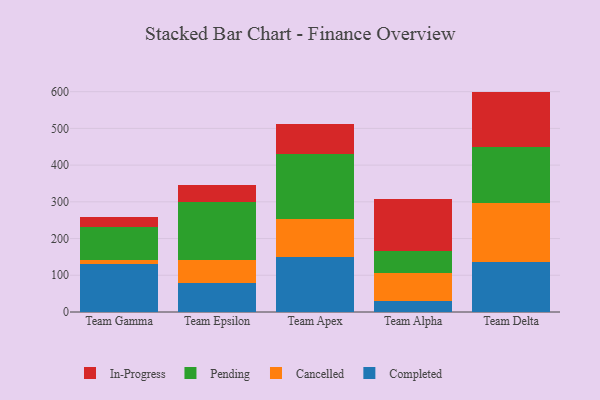
{"axis": {"x": "Team", "y": "Backlog"}, "legend": ["Cancelled", "Completed", "In-Progress", "Pending"], "data": [{"x": "Team Gamma", "y": 129.6, "type": "Completed"}, {"x": "Team Gamma", "y": 11.6, "type": "Cancelled"}, {"x": "Team Gamma", "y": 89.7, "type": "Pending"}, {"x": "Team Gamma", "y": 27.5, "type": "In-Progress"}, {"x": "Team Epsilon", "y": 79.7, "type": "Completed"}, {"x": "Team Epsilon", "y": 62.9, "type": "Cancelled"}, {"x": "Team Epsilon", "y": 157.5, "type": "Pending"}, {"x": "Team Epsilon", "y": 45.6, "type": "In-Progress"}, {"x": "Team Apex", "y": 148.9, "type": "Completed"}, {"x": "Team Apex", "y": 103.9, "type": "Cancelled"}, {"x": "Team Apex", "y": 177.8, "type": "Pending"}, {"x": "Team Apex", "y": 80.3, "type": "In-Progress"}, {"x": "Team Alpha", "y": 30.1, "type": "Completed"}, {"x": "Team Alpha", "y": 76.4, "type": "Cancelled"}, {"x": "Team Alpha", "y": 59.9, "type": "Pending"}, {"x": "Team Alpha", "y": 142.0, "type": "In-Progress"}, {"x": "Team Delta", "y": 135.7, "type": "Completed"}, {"x": "Team Delta", "y": 161.0, "type": "Cancelled"}, {"x": "Team Delta", "y": 152.0, "type": "Pending"}, {"x": "Team Delta", "y": 151.5, "type": "In-Progress"}]}